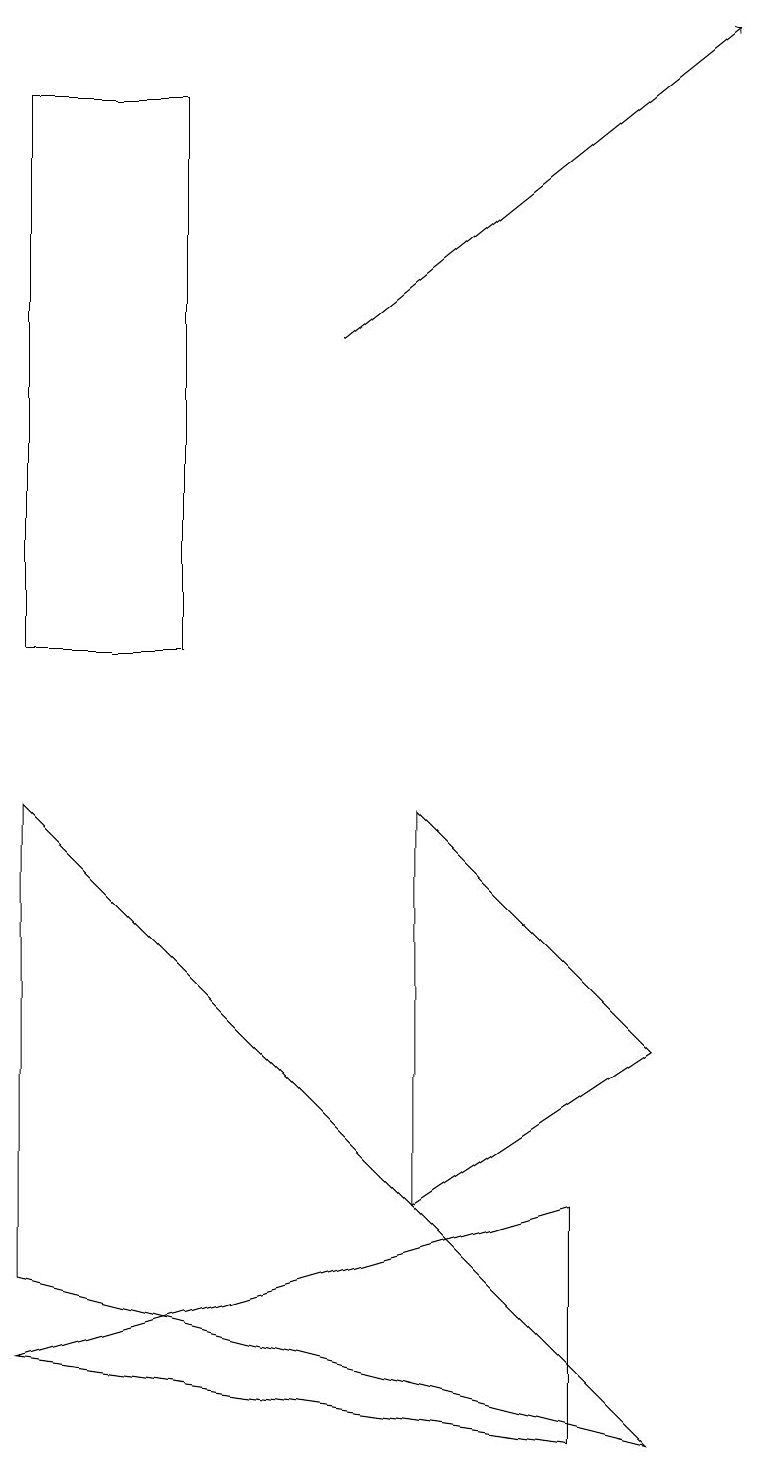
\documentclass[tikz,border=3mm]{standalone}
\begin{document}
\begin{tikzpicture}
\draw (7,1) -- (7,4) -- (0,2) -- cycle;
\draw[->] (4,15) -- (9,19);
\draw (2,11) rectangle (0,18);
\draw (0,9) -- (8,1) -- (0,3) -- cycle;
\draw (8,6) -- (5,9) -- (5,4) -- cycle;
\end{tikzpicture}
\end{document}